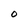
Character: O